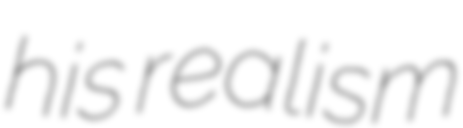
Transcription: his realism